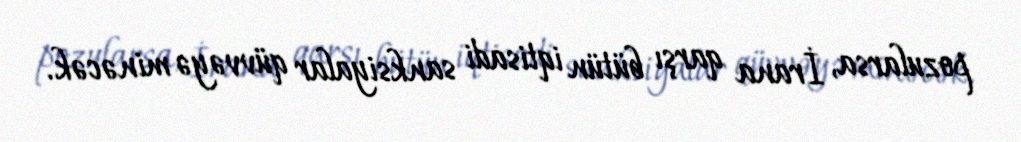
pozularsa, İrana qarşı bütün iqtisadi sanksiyalar qüvvəyə minəcək.